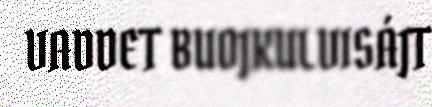
VADDET BUOJKULVISÁJT